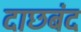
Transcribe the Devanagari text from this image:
दाछबंद